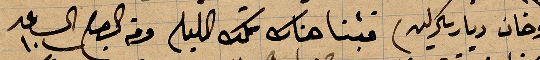
(وخان دياركرليه) بتنا هناك تلك الليلة وعند الصبح الساعة ١٠